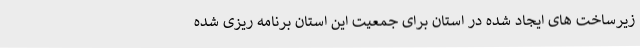
زیرساخت های ایجاد شده در استان برای جمعیت این استان برنامه ریزی شده